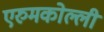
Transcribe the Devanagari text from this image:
एरुमकोल्ली